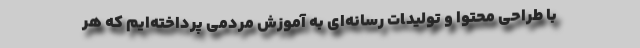
با طراحی محتوا و تولیدlت رسانه‌ای به آموزش مردمی پرداخته‌ایم که هر